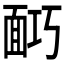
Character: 𩈎